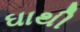
ઘાથી